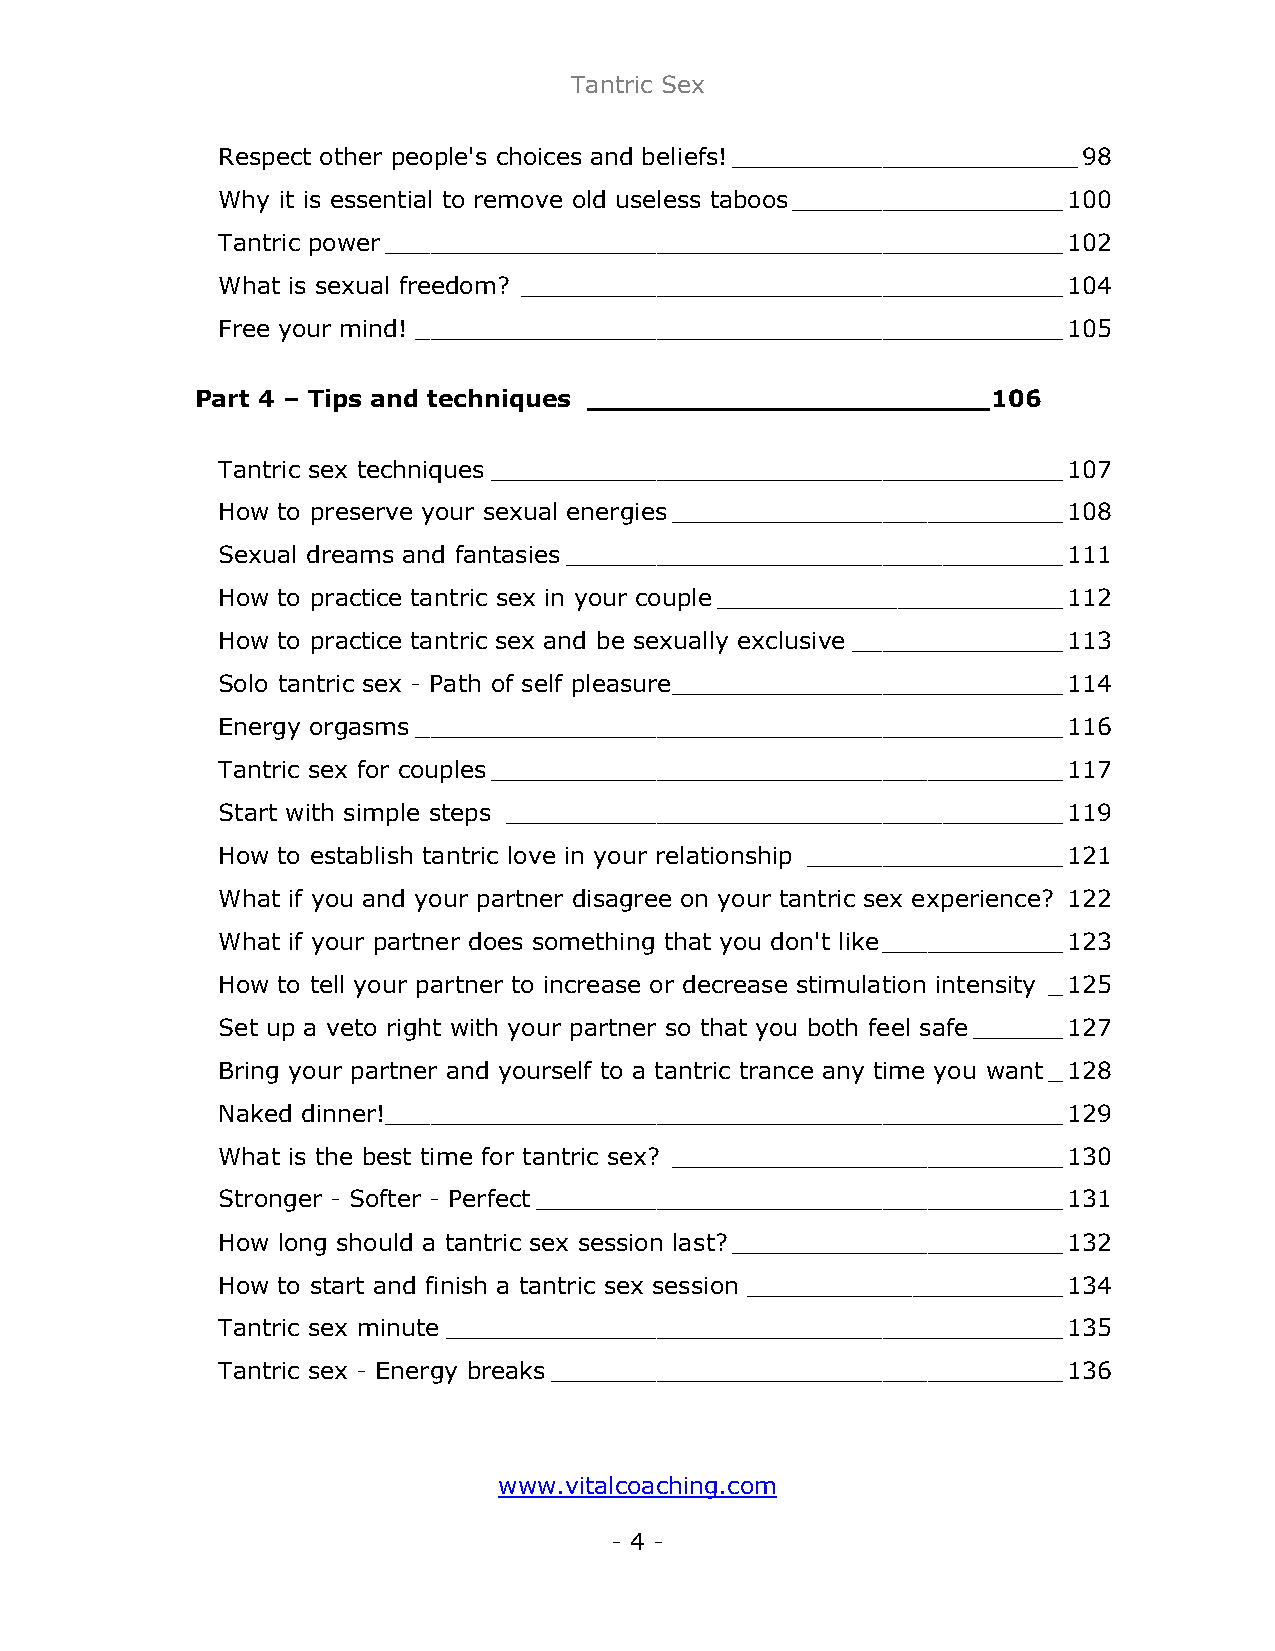
Tantric Sex
 Respect other people's choices and beliefs!_______________________98
 Why it is essential to remove old useless taboos__________________100
 Tantric power_____________________________________________102
 What is sexual freedom? ____________________________________104
 Free your mind! ___________________________________________105
 Part 4 – Tips and techniques ________________________106
 Tantric sex techniques ______________________________________107
 How to preserve your sexual energies__________________________108
 Sexual dreams and fantasies_________________________________111
 How to practice tantric sex in your couple_______________________112
 How to practice tantric sex and be sexually exclusive ______________113
 Solo tantric sex - Path of self pleasure__________________________114
 Energy orgasms___________________________________________116
 Tantric sex for couples______________________________________117
 Start with simple steps _____________________________________119
 How to establish tantric love in your relationship _________________121
 What if you and your partner disagree on your tantric sex experience? 122
 What if your partner does something that you don't like____________123
 How to tell your partner to increase or decrease stimulation intensity _125
 Set up a veto right with your partner so that you both feel safe______127
 Bring your partner and yourself to a tantric trance any time you want_128
 Naked dinner!_____________________________________________129
 What is the best time for tantric sex? __________________________130
 Stronger - Softer - Perfect___________________________________131
 How long should a tantric sex session last?______________________132
 How to start and finish a tantric sex session _____________________134
 Tantric sex minute _________________________________________135
 Tantric sex - Energy breaks__________________________________136
 www.vitalcoaching.com
 - 4 -